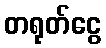
တရုတ်ငွေ